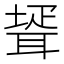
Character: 𦖜